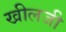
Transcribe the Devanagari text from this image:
खीलजी